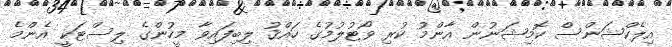
އިލެކްޝަންސް ކޮމިޝަނުން އާންމު ކުރި ވޯޓުލުމުގެ ހައްޤު ލިބިފައިވާ މީހުންގެ ލިސްޓަކީ އެންމެ